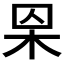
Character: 𣐮